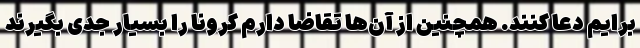
برایم دعا کنند. همچنین از آن‌ها تقاضا دارم کرونا را بسیار جدی بگیرند